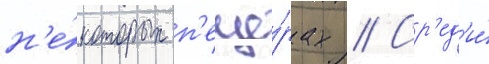
н'е́которых п'еще́рах // Ср'ед'и́